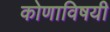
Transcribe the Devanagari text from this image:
कोणाविषयी